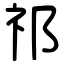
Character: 祁